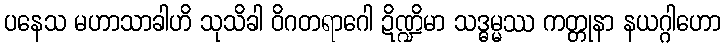
ပနေသ မဟာသာခါဟိ သုသိခါ ဝိဂတရာဂေါ ဍိဏ္ဍိမာ သဒ္ဓမ္မဿ ကတ္တုနာ နယဂ္ဂါဟော